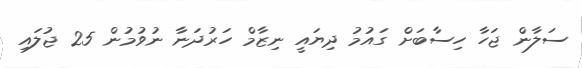
ސަލާން ޖަހާ ހިސާބަށް ގައުމު ދިޔައީ ނިޒާމް ހަރުދަނާ ނުވުމުން 25 ޖުލައި